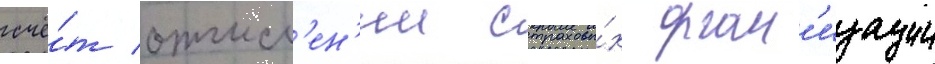
счё́т отчисл'ен'ии страховы́х орган'изации